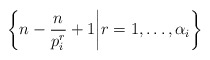
\begin{align*} \left\{n-\frac{n}{p_i^{r}}+1 \bigg| r=1, \dots,\alpha_i\right\}\end{align*}